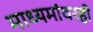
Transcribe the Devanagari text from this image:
माध्यमांवरही